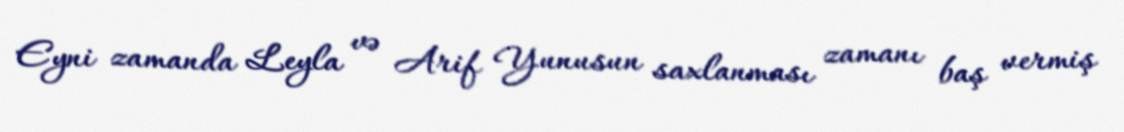
Eyni zamanda Leyla və Arif Yunusun saxlanması zamanı baş vermiş